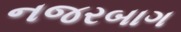
નજરબાગ